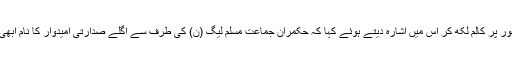
صرف انہوں نے خصوصی طور پر کالم لکھ کر اس میں اشارہ دیتے ہوئے کہا کہ حکمران جماعت مسلم لیگ (ن) کی طرف سے اگلے صدارتی امیدوار کا نام ابھی صیغہ راز میں رکھا گیا ہے۔